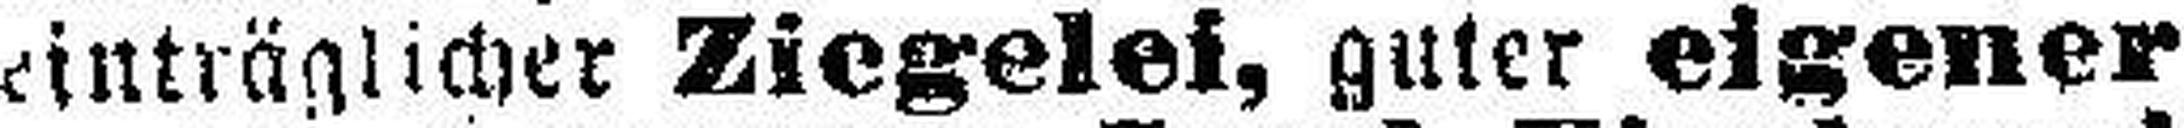
einträglicher Ziegelei, guter eigener